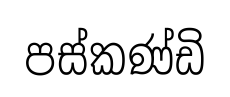
පස්කණ්ඩි